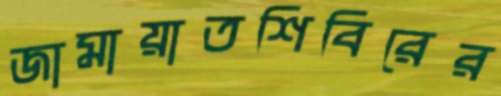
জামায়াতশিবিরের